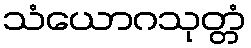
သံယောဂသုတ္တံ